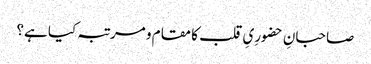
صاحبانِ حضورِیِ قلب کا مقام و مرتبہ کیا ہے؟